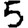
Digit: 5